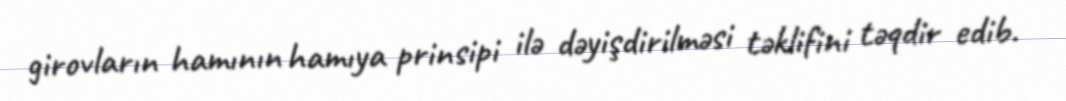
girovların hamının hamıya prinsipi ilə dəyişdirilməsi təklifini təqdir edib.